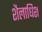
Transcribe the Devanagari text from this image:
शैलाधिश